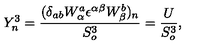
Y _ { n } ^ { 3 } = \frac { ( \delta _ { a b } W _ { \alpha } ^ { a } { \epsilon } ^ { \alpha \beta } W _ { \beta } ^ { b } ) _ { n } } { S _ { o } ^ { 3 } } = \frac { U } { S _ { o } ^ { 3 } } ,